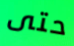
حتى